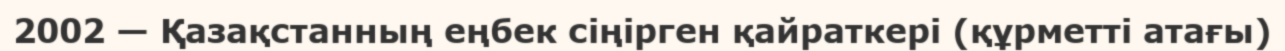
2002 — Қазақстанның еңбек сіңірген қайраткері (құрметті атағы)